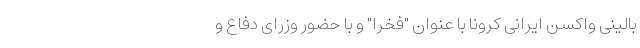
بالینی واکسن ایرانی کرونا با عنوان "فخرا" و با حضور وزرای دفاع و